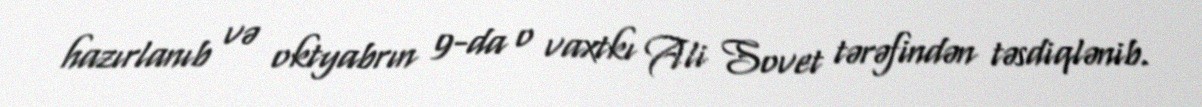
hazırlanıb və oktyabrın 9-da o vaxtkı Ali Sovet tərəfindən təsdiqlənib.